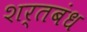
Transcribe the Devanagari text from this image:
शर्तबंध